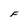
Character: F